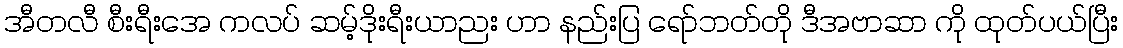
အီတလီ စီးရီးအေ ကလပ် ဆမ့်ဒိုးရီးယာညး ဟာ နည်းပြ ရော်ဘတ်တို ဒီအဗာဆာ ကို ထုတ်ပယ်ပြီး